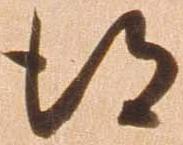
得